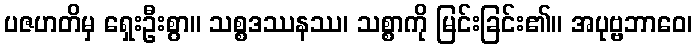
ပဇဟတိမှ ရှေးဦးစွာ။ သစ္စဒဿနဿ၊ သစ္စာကို မြင်းခြင်း၏။ အပုဗ္ဗဘာဝေ၊